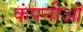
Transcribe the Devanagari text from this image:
कंपनीऑ